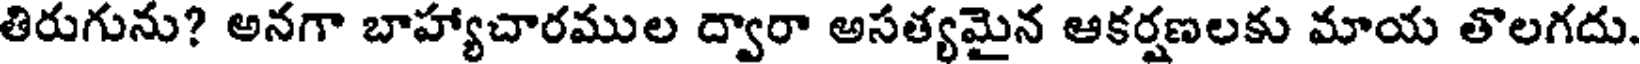
తిరుగును? అనగా బాహ్యాచారముల ద్వారా అసత్యమైన ఆకర్షణలకు మాయ తొలగదు.